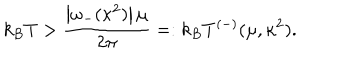
k _ { B } T > \frac { \left| \omega _ { - } ( \kappa ^ { 2 } ) \right| \mu } { 2 \pi } = : k _ { B } T ^ { ( - ) } ( \mu , \kappa ^ { 2 } ) .